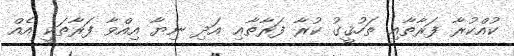
ކުއްކުރާ ފަރާތާއި ތަހުޤީގު ކުރާ ފަރާތާޢި އަދި ނިޔާ އިއްވާ ފަރާތަކީ އެއް